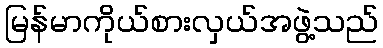
မြန်မာကိုယ်စားလှယ်အဖွဲ့သည်